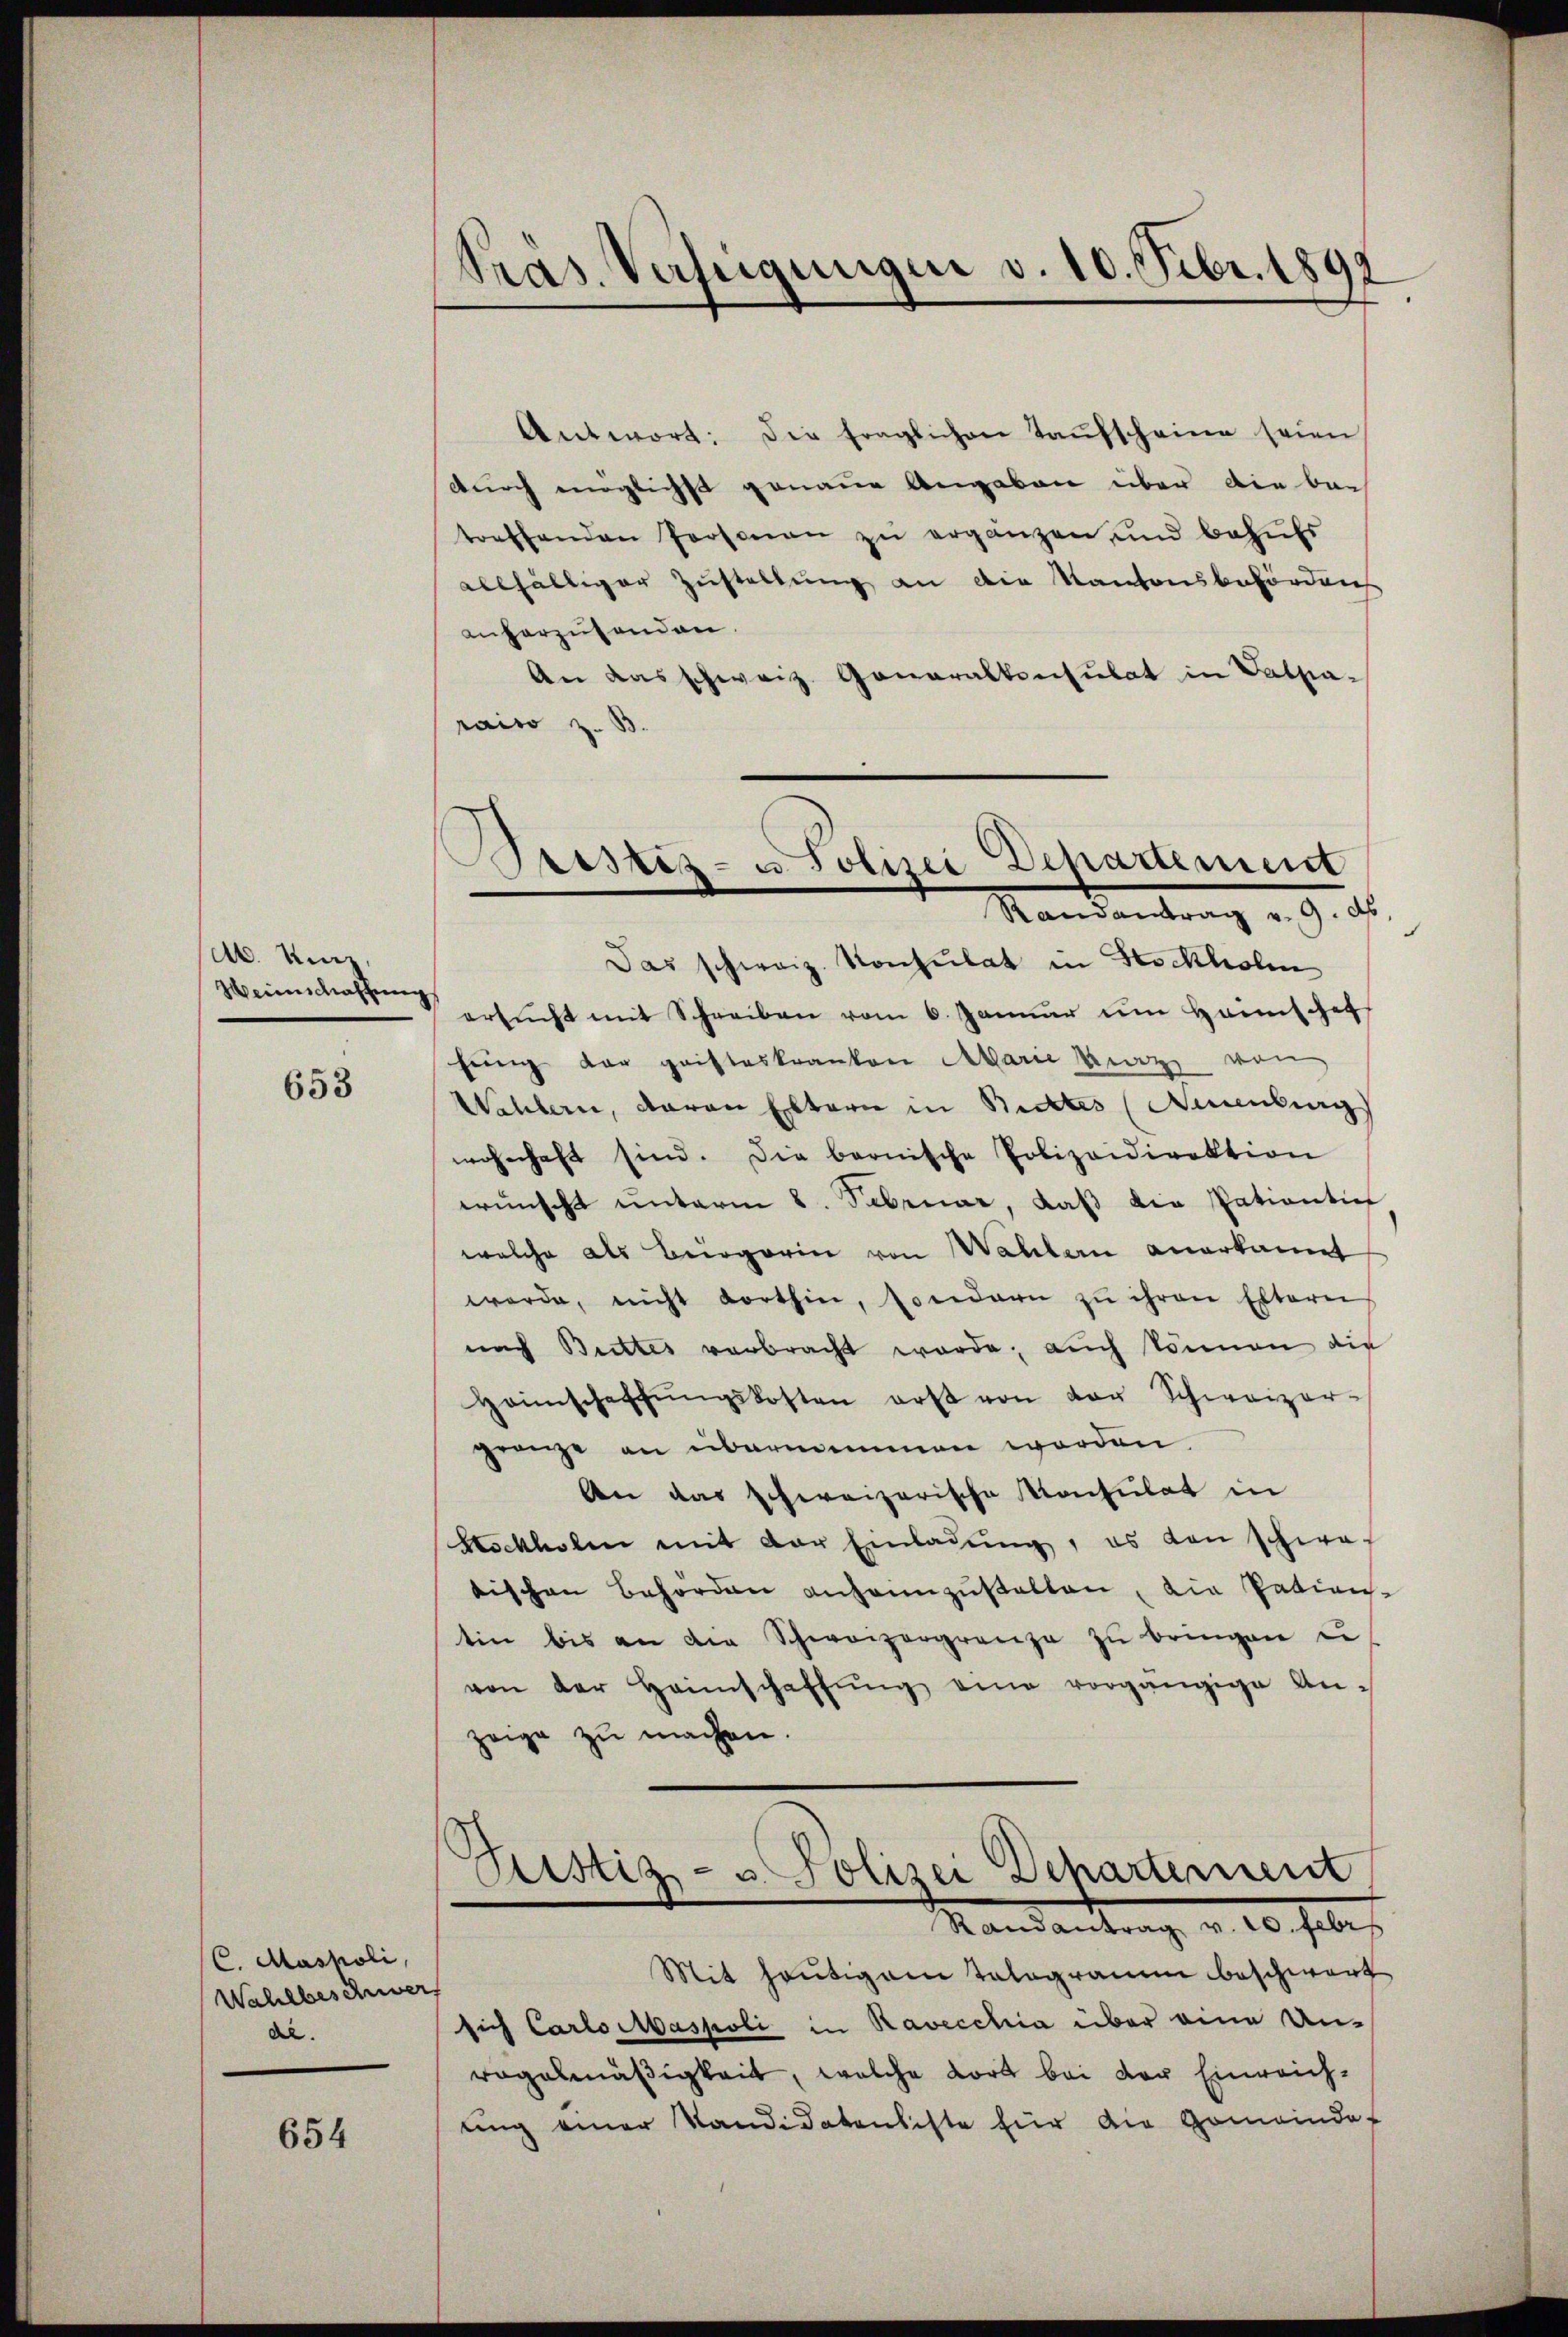
Ab. Umz
Weinschaffung

653

C. Maspoli
Wahlbeschwer
die.

654

Präs. Verfügungen v. 10. Febr. 18

Antwort: Die fraglichen Taufscheine seien
durch möglichst genaue Angaben über die bei
treffenden Personen zŭ ergänzen und behŭfs
allfältiger Zustellung an die Kantonsbeförden
anherzusenden.
An das schweiz. Generalkonsulat in Vatera-
raiso z. B.

Beistiz- u. Polizei Departement
Randantrag v. 9. ds

t
Das schweiz. Konsulat in Stockholen
ersŭcht mit Schreiben vom 6. Januar im Heimschaf
fing der gristeskranken Marie Merz von
Wahlern, daran Eltern in Bietes (Neuenburg
wohnhaft sind. Die bernische Polizeidirektion
wünscht unterm 8. Februar, daß die sationti
welche als Bergarin von Wahlern anerkannt
werde, nicht dorthin, sondern zu ihren Eltern
nach Brettes verbracht werde, auch können die
Heimschaffŭngskosten erst von der Schweizer-
gränze an übernommen worden.
An das schweizerische Konsulat in
Kochholen mit der Einladung, es von schwatischen Behörden anheimzŭstalten, die Patien-
tin bis an die Schweizergrenze zu bringen u
von der Heimschaffŭng eine vorgängige An-
zeige zu machen.

Geistiz- u. Polizei Departement
Randantrag v. 20. Febr
Mit heutigam Talogramm beschwert

sich Carlombaspoli in Ravecchia über eine Un-
regelmäßigkeit, welche Kort bei der Einreichung einer Kandidatensiste für die Gemeindet